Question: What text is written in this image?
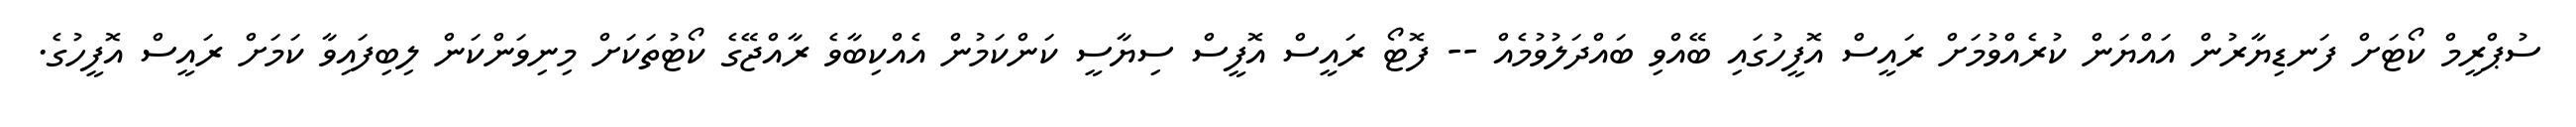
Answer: ސުޕްރީމް ކޯޓަށް ފަނޑިޔާރުން އައްޔަން ކުރެއްވުމަށް ރައީސް އޮފީހުގައި ބޭއްވި ބައްދަލުވުމެއް -- ފޮޓޯ ރައީސް އޮފީސް ސިޔާސީ ކަންކަމުން އެއްކިބާވެ ރާއްޖޭގެ ކޯޓުތަކަށް މިނިވަންކަން ލިބިފައިވާ ކަމަށް ރައީސް އޮފީހުގެ.